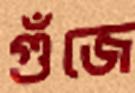
গুঁজে